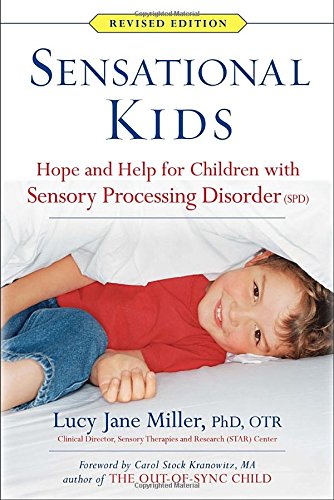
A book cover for Sensational Kids: Hope and Help for Children with Sensory Processing Disorder (SPD); Lucy Jane Miller; Education & Teaching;